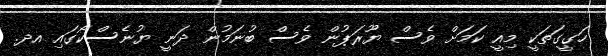
ހަގީގަތަކީ މިއީ ކަމަށް ވެސް ޔޫރަޕުން ވެސް ބުނަމުން ދަނީ ޔުނެސްކޯގައި އދ.